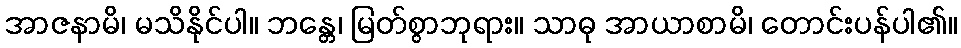
အာဇနာမိ၊ မသိနိုင်ပါ။ ဘန္တေ၊ မြတ်စွာဘုရား။ သာဓု အာယာစာမိ၊ တောင်းပန်ပါ၏။